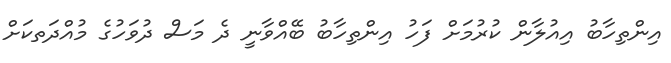
އިންތިހާބު އިއުލާން ކުރުމަށް ފަހު އިންތިހާބު ބޭއްވާނީ ދެ މަސް ދުވަހުގެ މުއްދަތކަށް